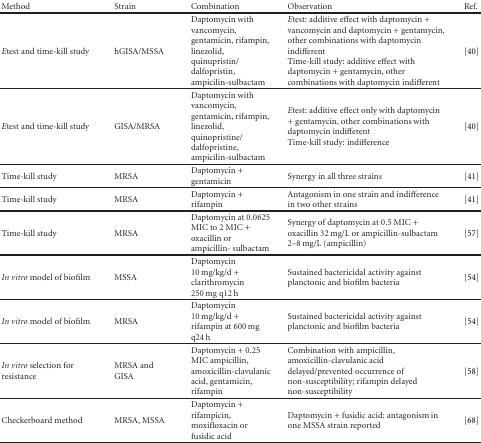
| Method | Strain | Combination | Observation | Ref. |
 | --- | --- | --- | --- | --- |
 | Etest and time-kill study | hGISA/MSSA | Daptomycin with vancomycin, gentamicin, rifampin, linezolid, quinupristin/ dalfopristin, ampicilin-sulbactam | Etest: additive effect with daptomycin + vancomycin and daptomycin + gentamycin, other combinations with daptomycin indifferent Time-kill study: additive effect with daptomycin + gentamycin, other combinations with daptomycin indifferent | [40] |
 | Etest and time-kill study | GISA/MRSA | Daptomycin with vancomycin, gentamicin, rifampin, linezolid, quinopristine/ dalfopristine, ampicilin-sulbactam | Etest: additive effect only with daptomycin + gentamycin, other combinations with daptomycin indifferent Time-kill study: indifference | [40] |
 | Time-kill study | MRSA | Daptomycin + gentamicin | Synergy in all three strains | [41] |
 | Time-kill study | MRSA | Daptomycin + rifampin | Antagonism in one strain and indifference in two other strains | [41] |
 | Time-kill study | MRSA | Daptomycin at 0.0625 MIC to 2 MIC + oxacillin or ampicillin- sulbactam | Synergy of daptomycin at 0.5 MIC + oxacillin 32 mg/L or ampicillin-sulbactam 2–8 mg/L (ampicillin) | [57] |
 | In vitro model of biofilm | MSSA | Daptomycin 10 mg/kg/d + clarithromycin 250 mg q12 h | Sustained bactericidal activity against planctonic and biofilm bacteria | [54] |
 | In vitro model of biofilm | MRSA | Daptomycin 10 mg/kg/d + rifampin at 600 mg q24 h | Sustained bactericidal activity against planctonic and biofilm bacteria | [54] |
 | In vitro selection for resistance | MRSA and GISA | Daptomycin + 0.25 MIC ampicillin, amoxicillin-clavulanic acid, gentamicin, rifampin | Combination with ampicillin, amoxicillin-clavulanic acid delayed/prevented occurrence of non-susceptibility; rifampin delayed non-susceptibility | [58] |
 | Checkerboard method | MRSA, MSSA | Daptomycin + rifampicin, moxifloxacin or fusidic acid | Daptomycin + fusidic acid: antagonism in one MSSA strain reported | [68] |